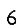
Digit: 6